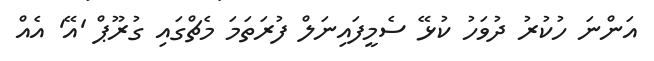
އަންނަ ހުކުރު ދުވަހު ކުޅޭ ސެމީފައިނަލް ފުރަތަމަ މެޗްގައި ގުރޫޕް 'އޭ' އެއް